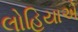
લોહિયાએ